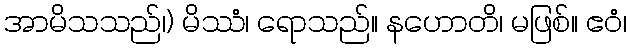
အာမိသသည်၊) မိဿံ၊ ရောသည်။ နဟောတိ၊ မဖြစ်။ ဧဝံ၊